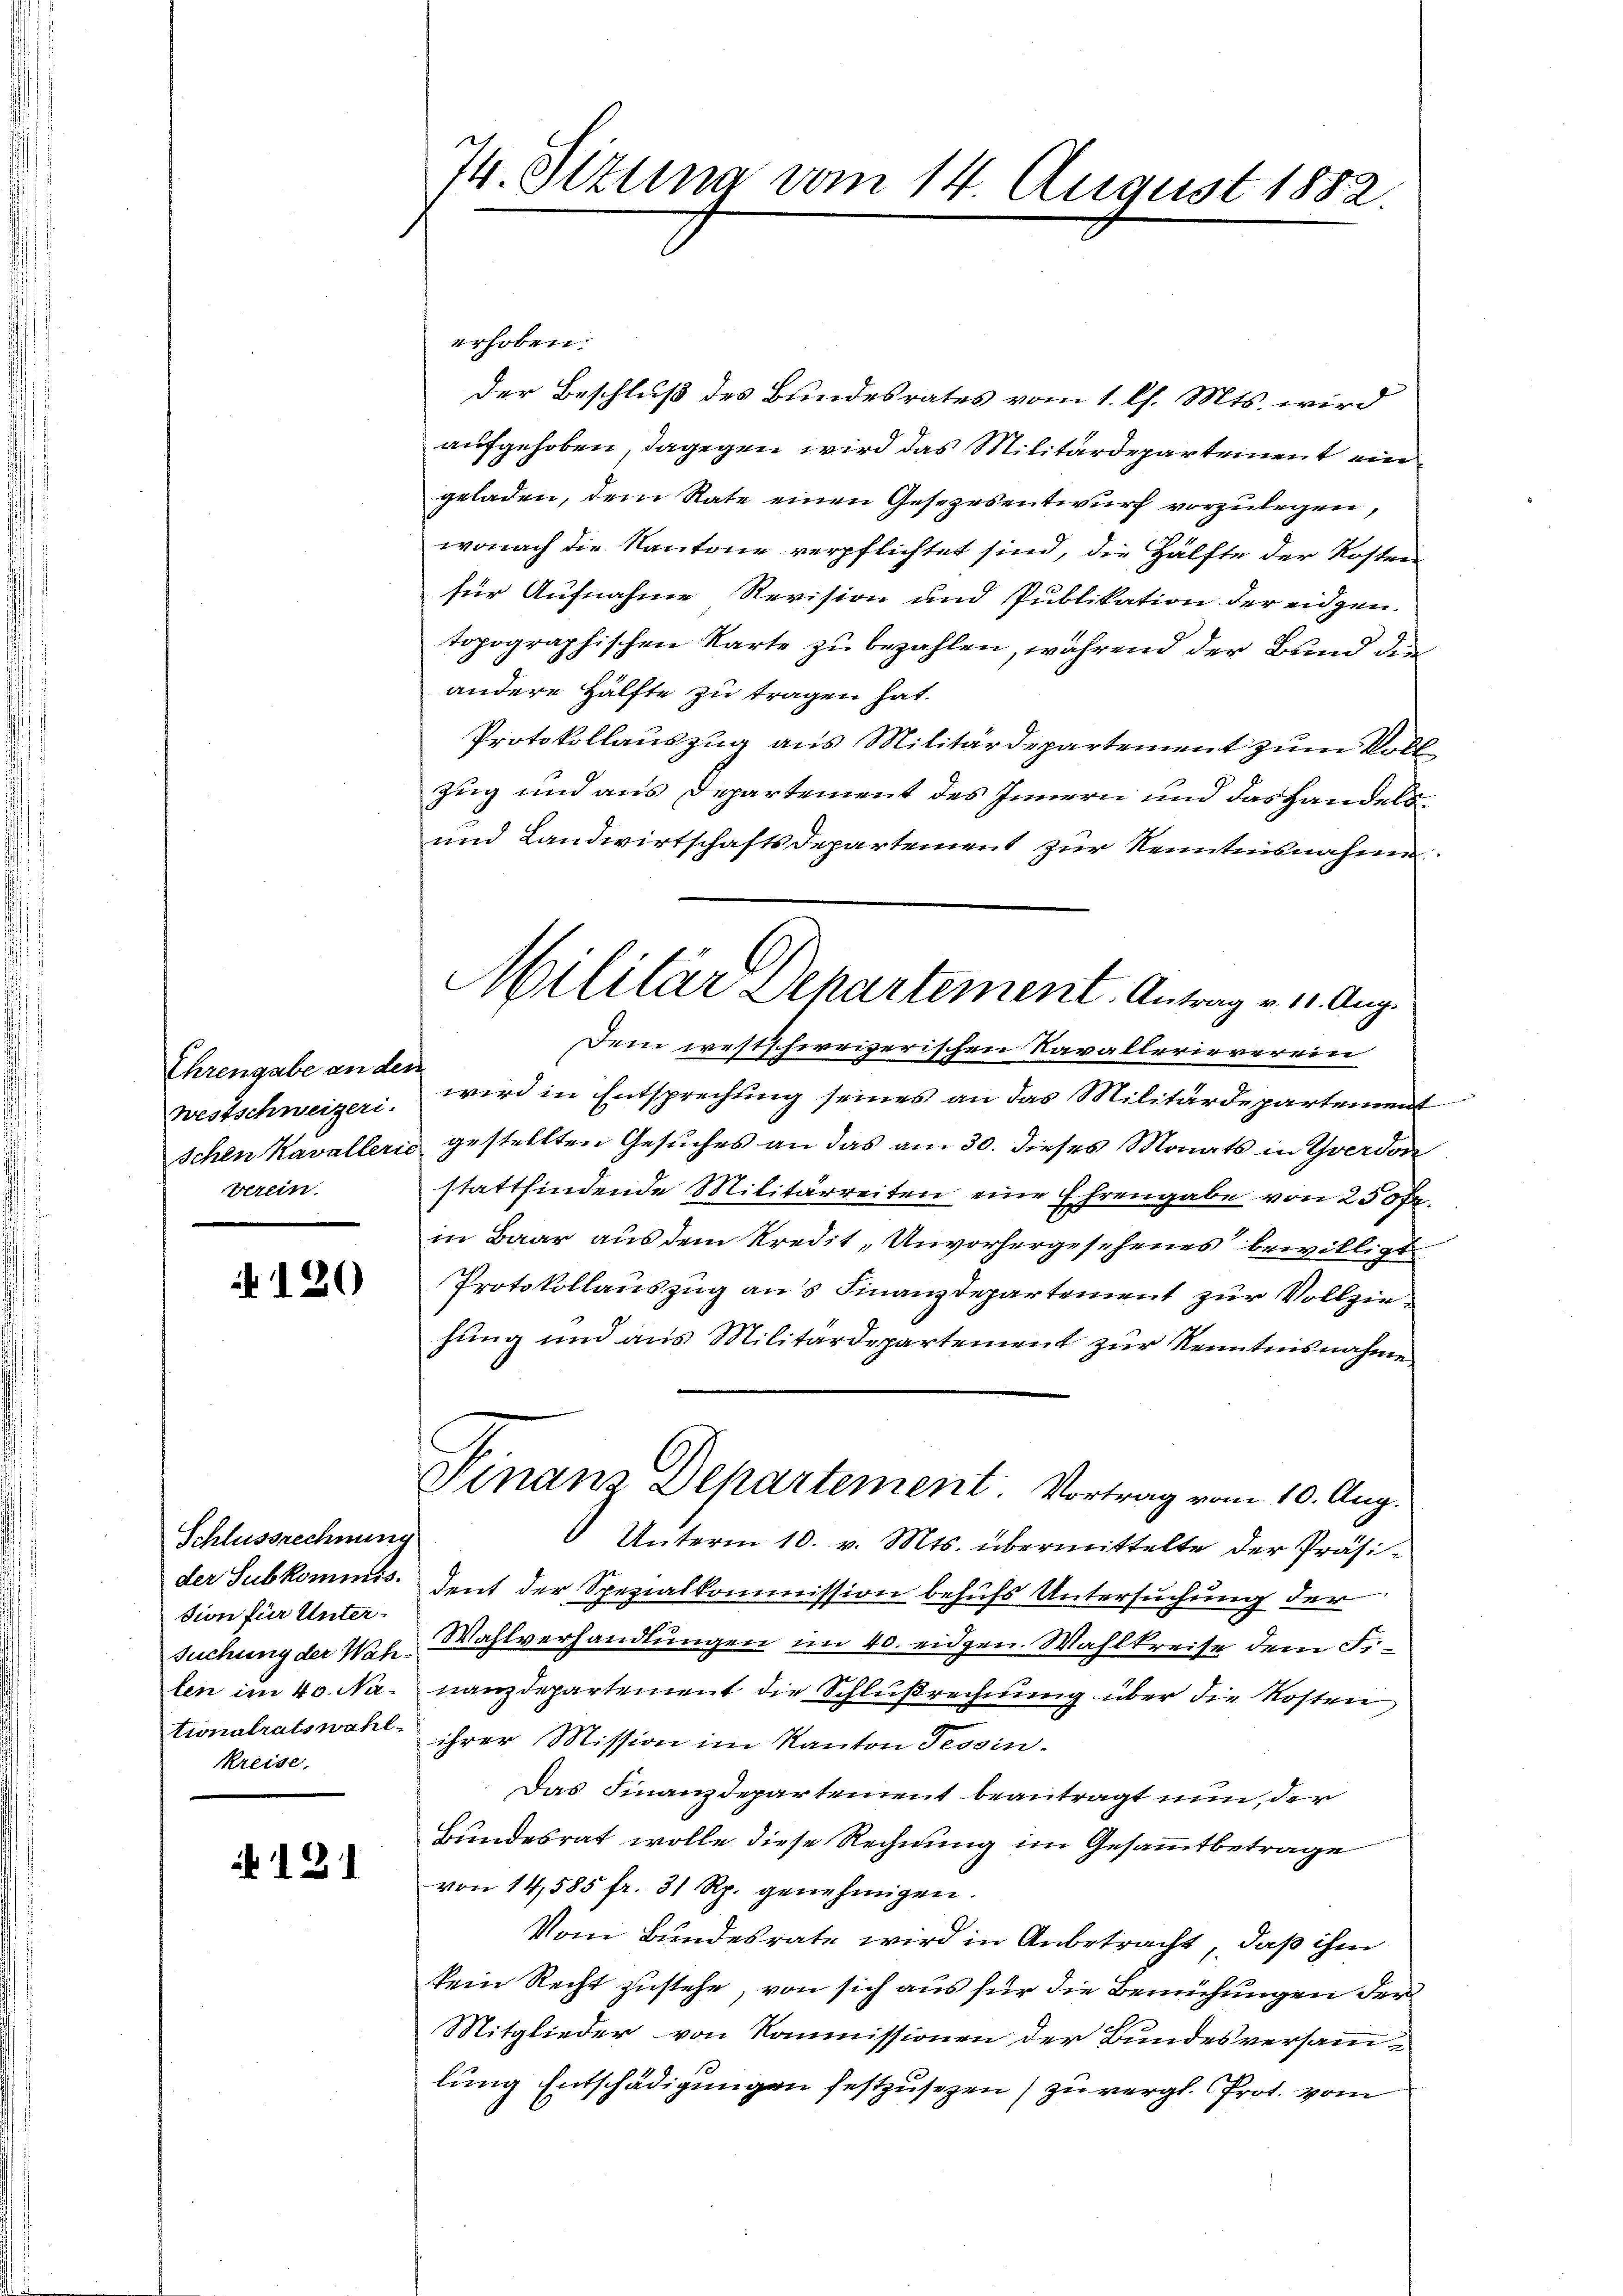
Ehrengabe an den
westschweizeri
Verein

120

Schlussrechnung
der Subkommis.
sion für Unterlen im 40. Na
tionalratswahl.
kkreise.

121

74. Situm vom 14. August 1882.

erhoben.
der Beschluß des Bundesrates vom 1. l. Mts. wird
aufgehoben, dagegen wird das Militärdepartement eine
geladen, dem Rate einen Gesetzesentwurf vorzulegen,
wonach die Kantone verpflichtet sind, die Hälfte der Kosten
für Aufnahme Revision und Publikation der eidgen.
topographischen Karte zu bezahlen, während der Bund den
andere Hälfte zu tragen hat.
Protokollauszug aus Militärdepartement zum Voll¬
Zug und aus Departement des Innern und das handels¬
und Landwirtschaftsdepartement zur Kenntnisnahme
Dein westschweizerischen Navallerieverein
wird in Entsprechung seines an das Militärdepartement
Schen Kavalleris gestellten Gesuches an das am 30. dieses Monats in Yverdon
stattfindende Militärreiten eine Ehrengabe von 250 fr.
in Baar aus dem Kredit „Unvorhergesehenes bewilligt.
Protokollauszug aus Finanzdepartement zur Vollziehung und aus Militärdepartement zur Kenntnisnahme
Finanz Departement. Vortrag vom 10. Aug.
 Unterm 10. v. Mts. übermittelte der Präsident der Spezialkommission behufs Untersuchung der
suchung der Nat. Wahlverhandlungen im 40. eidgen. Wahlkreise dem Finanzdepartement die Schlußrechnung über die Kosten
ihrer Mission im Kanton Tessin.
Das Finanzdepartement beantragt nun, der
Bundesrat wolle diese Rechnung im Gesammtbetrage
von 14,585 fr. 31 Rp. genehmigen.
Vom Bundesrate wird in Anbetracht, daß ihm
kein Recht zustehe, von sich aus für die Bemühungen der
Mitglieder von Kommissionen der Bundesversammlung Entschädigungen festzusezen) zu vergl. Prot. vom

Militär Departement. Antrag v. 1. Aug.